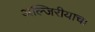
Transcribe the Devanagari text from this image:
अल्जिरीयाचा